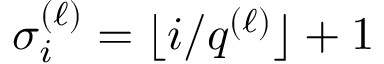
\sigma _ { i } ^ { ( \ell ) } = \lfloor i / q ^ { ( \ell ) } \rfloor + 1